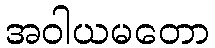
အဝါယမတော